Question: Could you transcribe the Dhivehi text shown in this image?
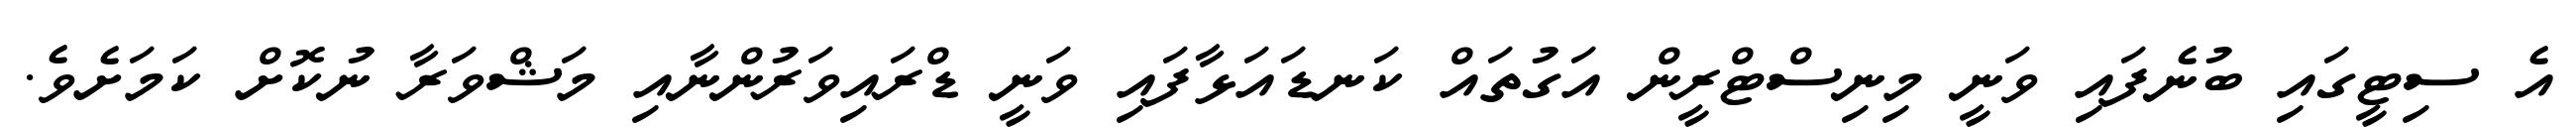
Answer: އެ ސިޓީގައި ބުނެފައި ވަނީ މިނިސްޓްރީން އަގުތައް ކަނޑައަޅާފައި ވަނީ ޑްރައިވަރުންނާއި މަޝްވަރާ ނުކޮށް ކަމަށެވެ.